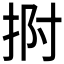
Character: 𭠯